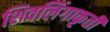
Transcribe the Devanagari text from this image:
शिवलिंगाकृती